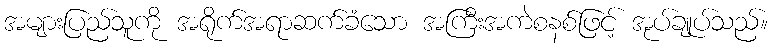
အများပြည်သူကို အရိုက်အရာဆက်ခံသော အကြီးအကဲစနစ်ဖြင့် အုပ်ချုပ်သည်။